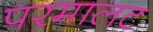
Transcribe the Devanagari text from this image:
परमालट